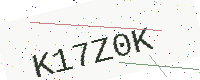
Text: K17Z0K